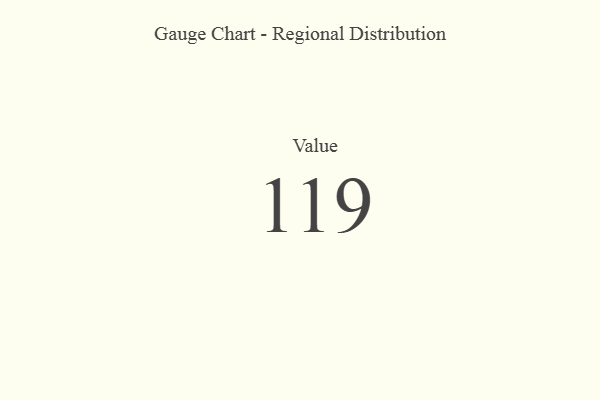
{"axis": {"x": "Metric", "y": "Value"}, "legend": [""], "data": [{"x": "Value", "y": 119, "type": ""}]}